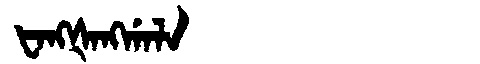
Manchu: ᡶᠠᠩᡧᠠᠩᡤᠠᠯᠠ
Romanization: FANGŠANGGALA